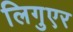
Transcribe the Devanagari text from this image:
लिगुएर